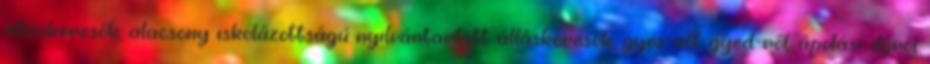
álláskeresők, alacsony iskolázottságú nyilvántartott álláskeresők, gyes-ről, gyed-ről, ápolási díjról